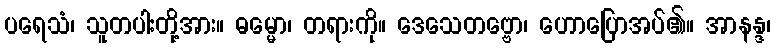
ပရေသံ၊ သူတပါးတို့အား။ ဓမ္မော၊ တရားကို။ ဒေသေတဗ္ဗော၊ ဟောပြောအပ်၏။ အာနန္ဒ၊